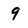
Character: 9